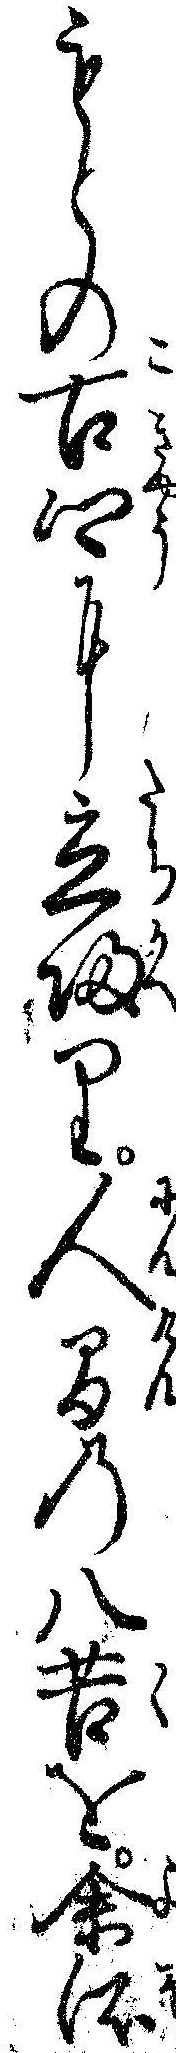
もとの古郷に立帰り人間の八苦を余所